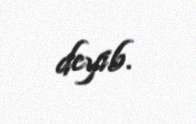
deyib.